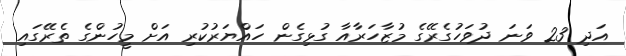
އަދި 23 ވަނަ ދުވަހުގެރޭގެ މުޒާހަރާއާ ގުޅިގެން ހައްޔަރުކުރި އަށް މީހުންގެ ތެރޭގައި